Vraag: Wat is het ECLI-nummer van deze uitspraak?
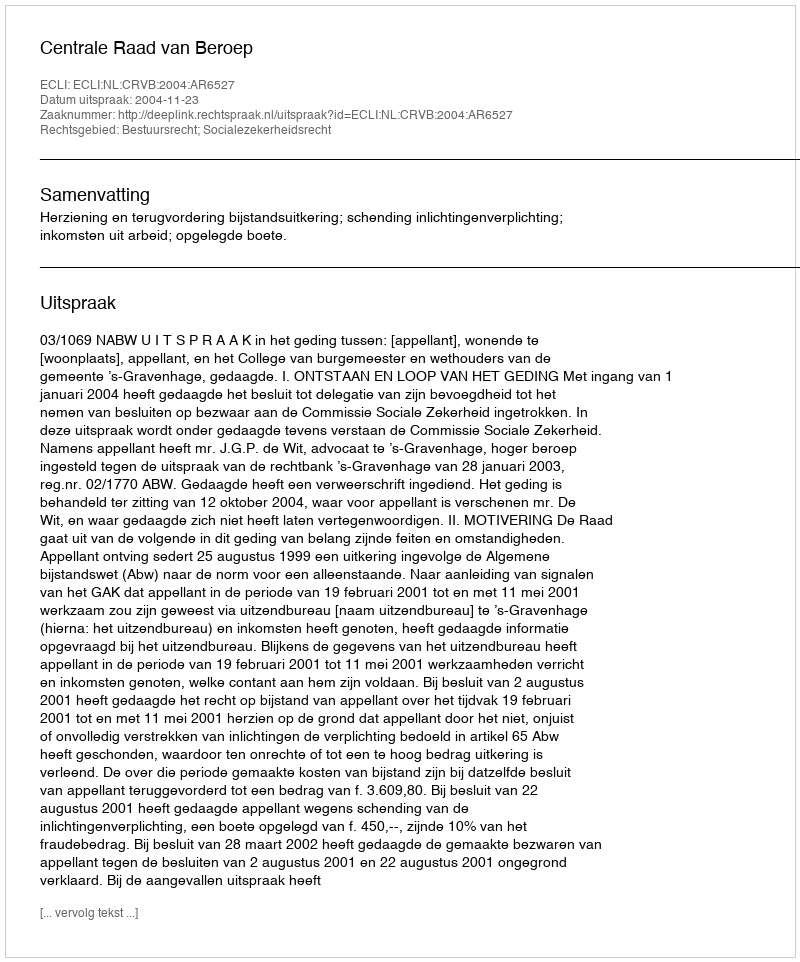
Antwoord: ECLI:NL:CRVB:2004:AR6527